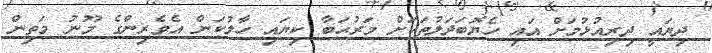
ދިޔައީ ދިރިއުޅުމަށް އައި ހެޔޮބަދަލުތަކަށް މަރުޙަބާ ކިޔައި ހާލުކަން އެވެރިންގެ މޫނު މަތިން